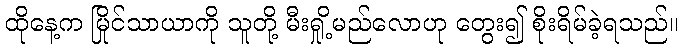
ထိုနေ့က မြိုင်သာယာကို သူတို့ မီးရှို့မည်လောဟု တွေး၍ စိုးရိမ်ခဲ့ရသည်။